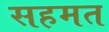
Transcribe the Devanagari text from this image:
सहमत